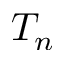
T _ { n }